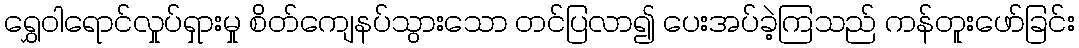
ရွှေဝါရောင်လှုပ်ရှားမှု စိတ်ကျေနပ်သွားသော တင်ပြလာ၍ ပေးအပ်ခဲ့ကြသည် ကန်တူးဖော်ခြင်း